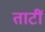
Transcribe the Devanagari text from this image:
ताटीं